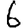
Digit: 6